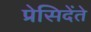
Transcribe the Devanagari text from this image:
प्रेसिदेंते